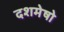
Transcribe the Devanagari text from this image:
दशमेषो